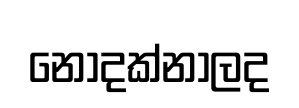
නොදක්නාලද